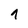
Character: 1